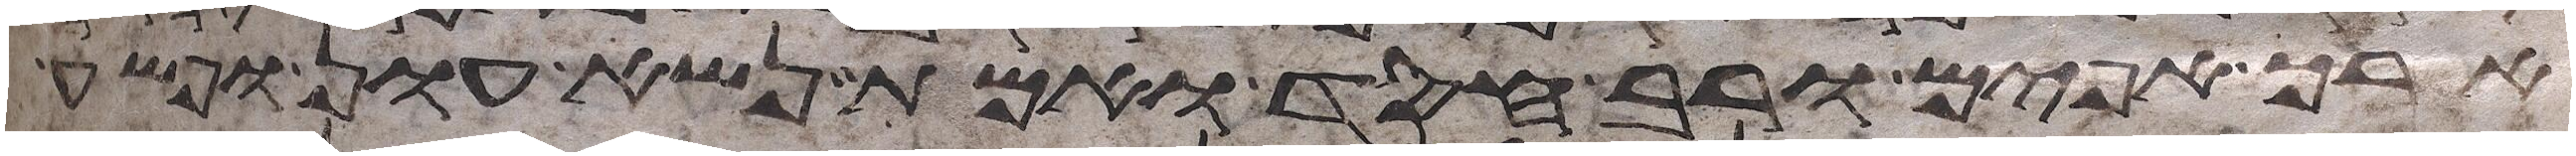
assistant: ארך אפים ורב חסד ואמת נשא עון ופשע